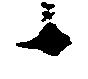
候